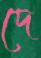
দে